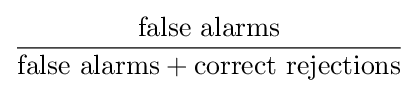
{\frac {\text{false alarms}}{{\text{false alarms}}+{\text{correct rejections}}}}